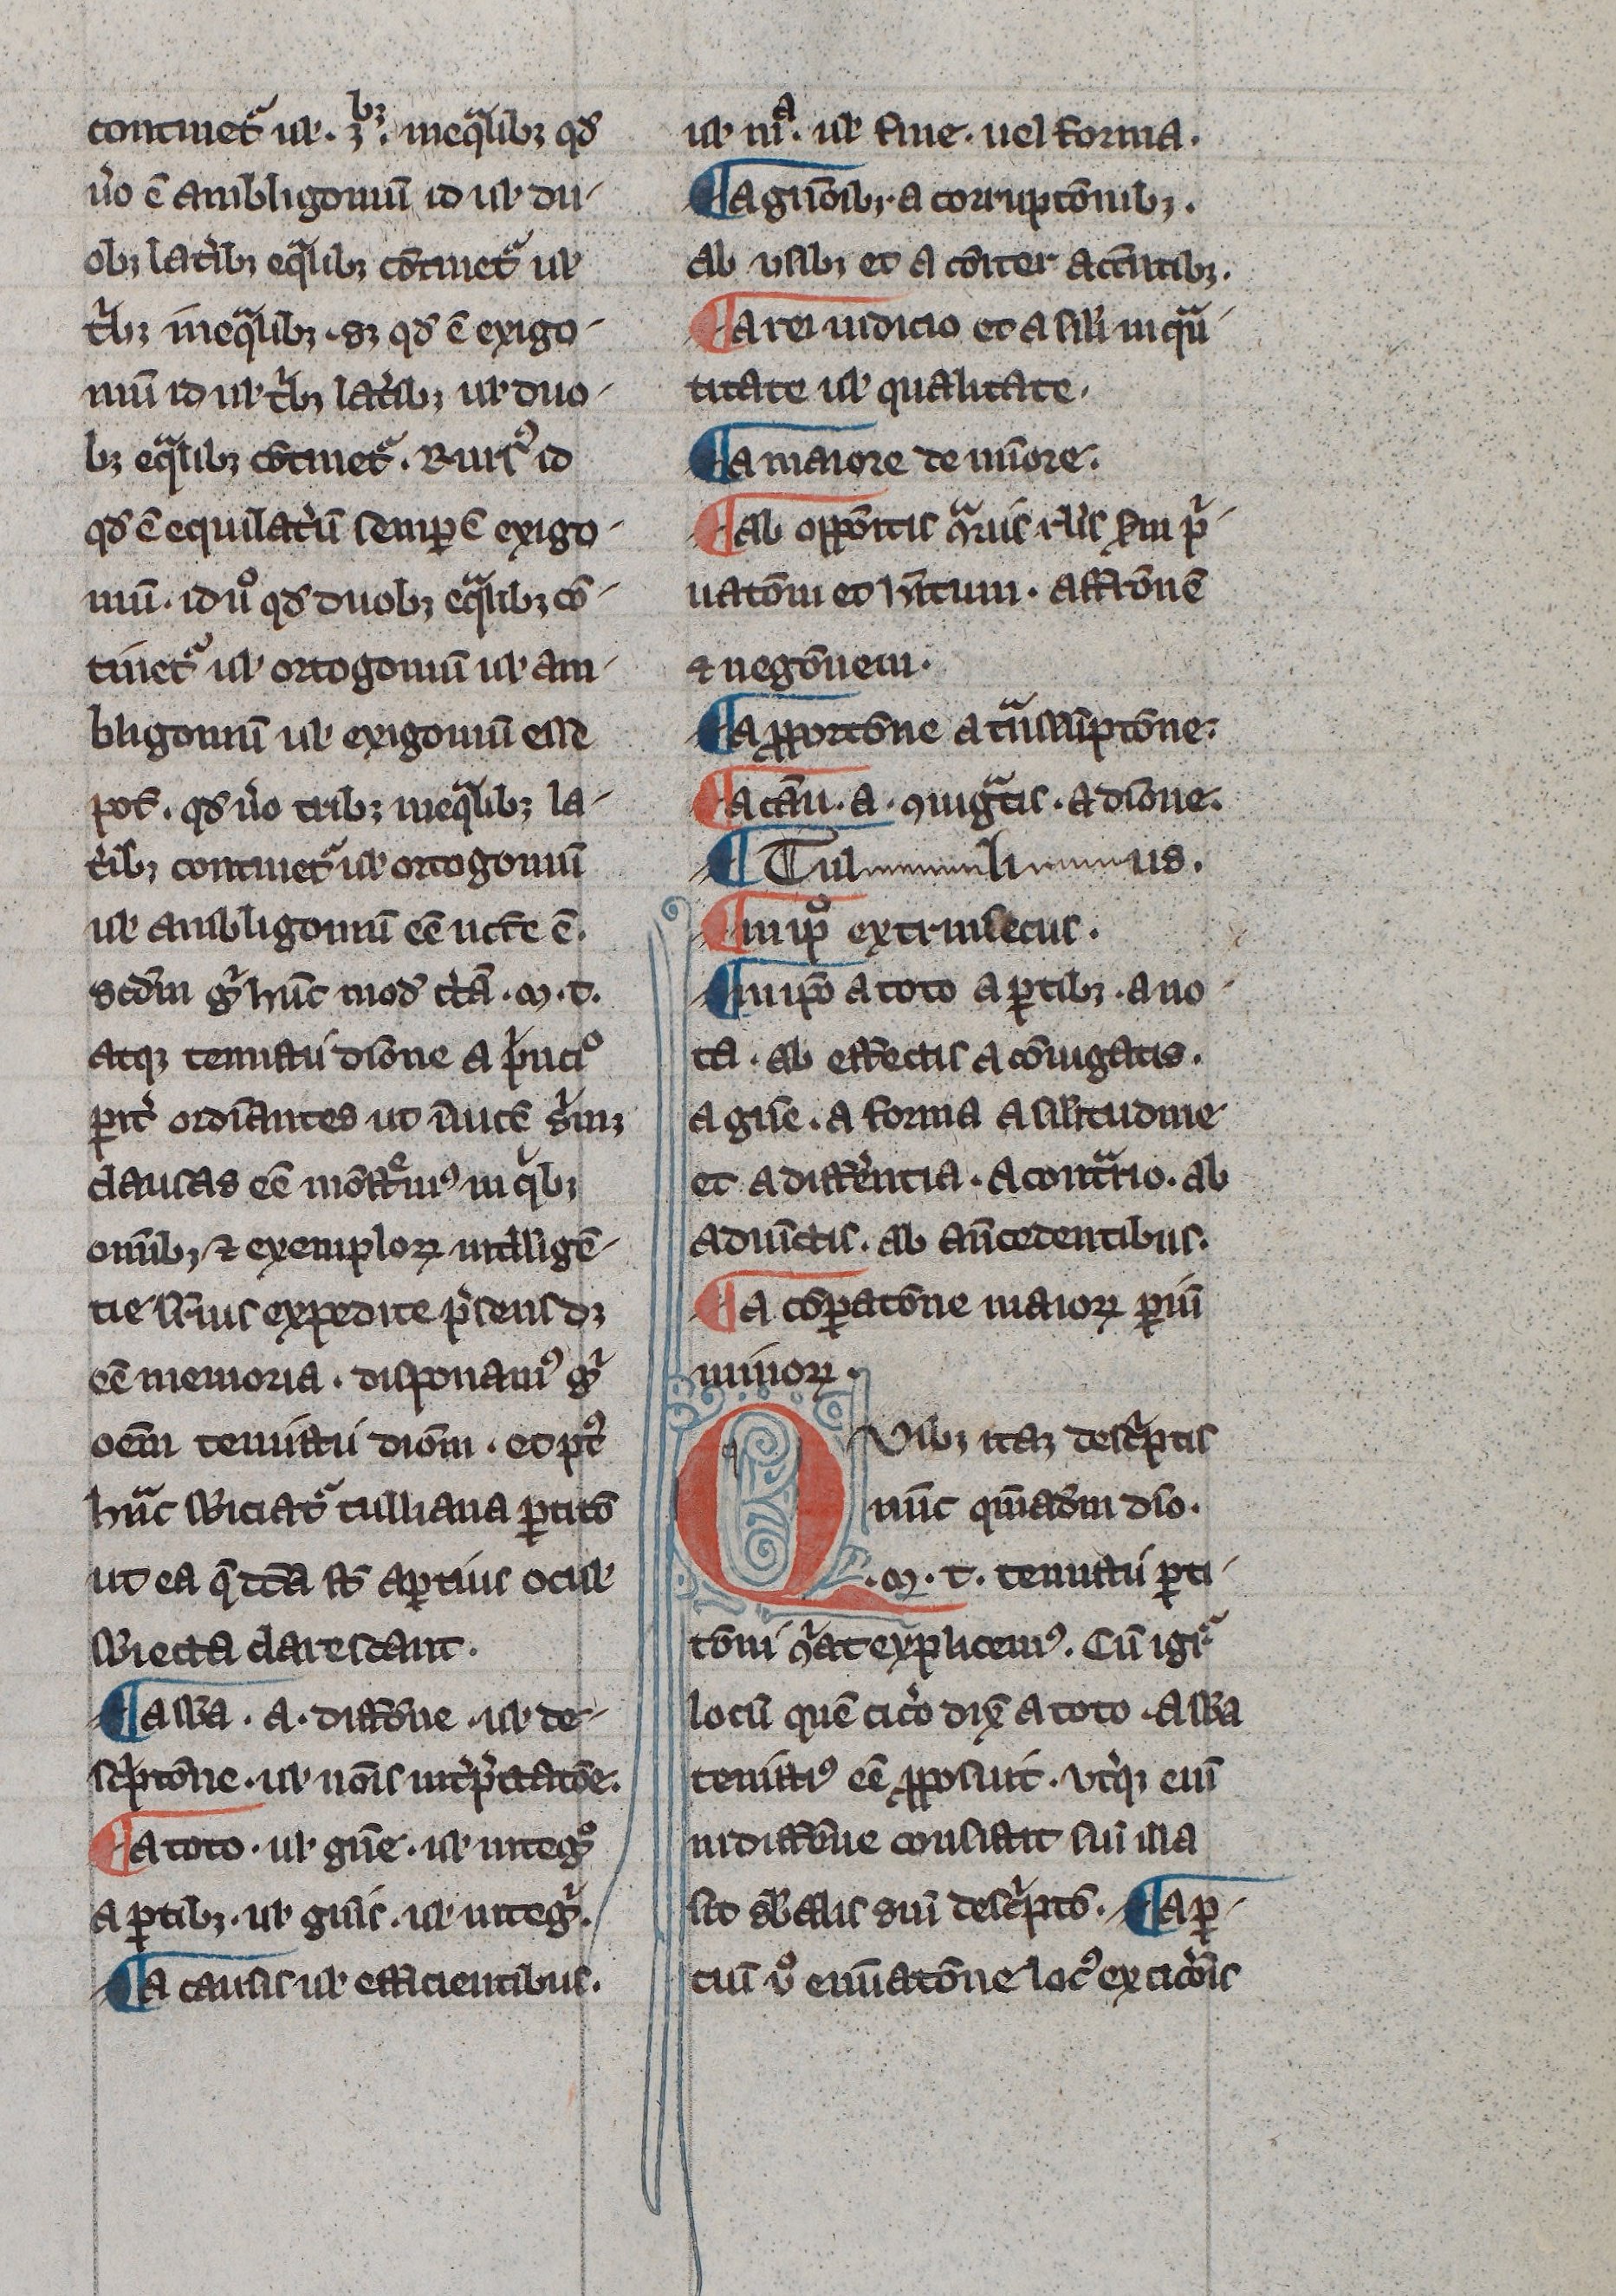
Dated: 1300–1330